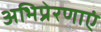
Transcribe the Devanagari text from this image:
अभिप्रेरणाएं